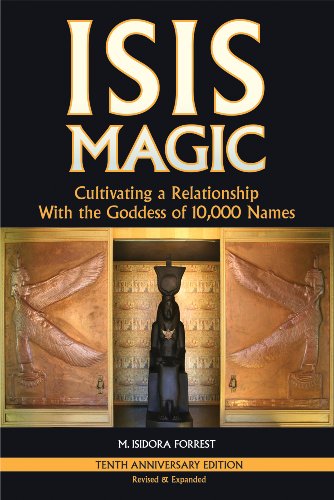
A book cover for Isis Magic Cultivating a Relationship with the Goddess of 10,000 Names; M. Isidora Forrest; History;